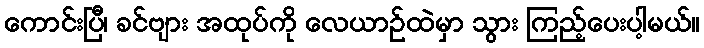
ကောင်းပြီ၊ ခင်ဗျား အထုပ်ကို လေယာဉ်ထဲမှာ သွား ကြည့်ပေးပါ့မယ်။